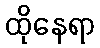
ထိုနေရာ